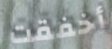
أخفقت